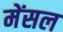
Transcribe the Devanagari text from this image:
मेंसल